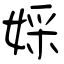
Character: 婇